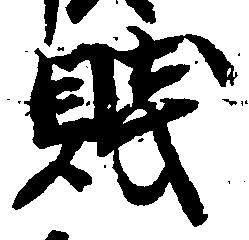
賤